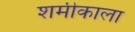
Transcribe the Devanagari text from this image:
शमीकाला